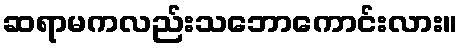
ဆရာမကလည်းသဘောကောင်းလား။